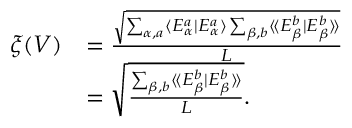
\begin{array} { r l } { \xi ( V ) } & { = \frac { \sqrt { \sum _ { \alpha , a } \langle E _ { \alpha } ^ { a } | E _ { \alpha } ^ { a } \rangle \sum _ { \beta , b } \langle \! \langle E _ { \beta } ^ { b } | E _ { \beta } ^ { b } \rangle \! \rangle } } { L } } \\ & { = \sqrt { \frac { \sum _ { \beta , b } \langle \! \langle E _ { \beta } ^ { b } | E _ { \beta } ^ { b } \rangle \! \rangle } { L } } . } \end{array}